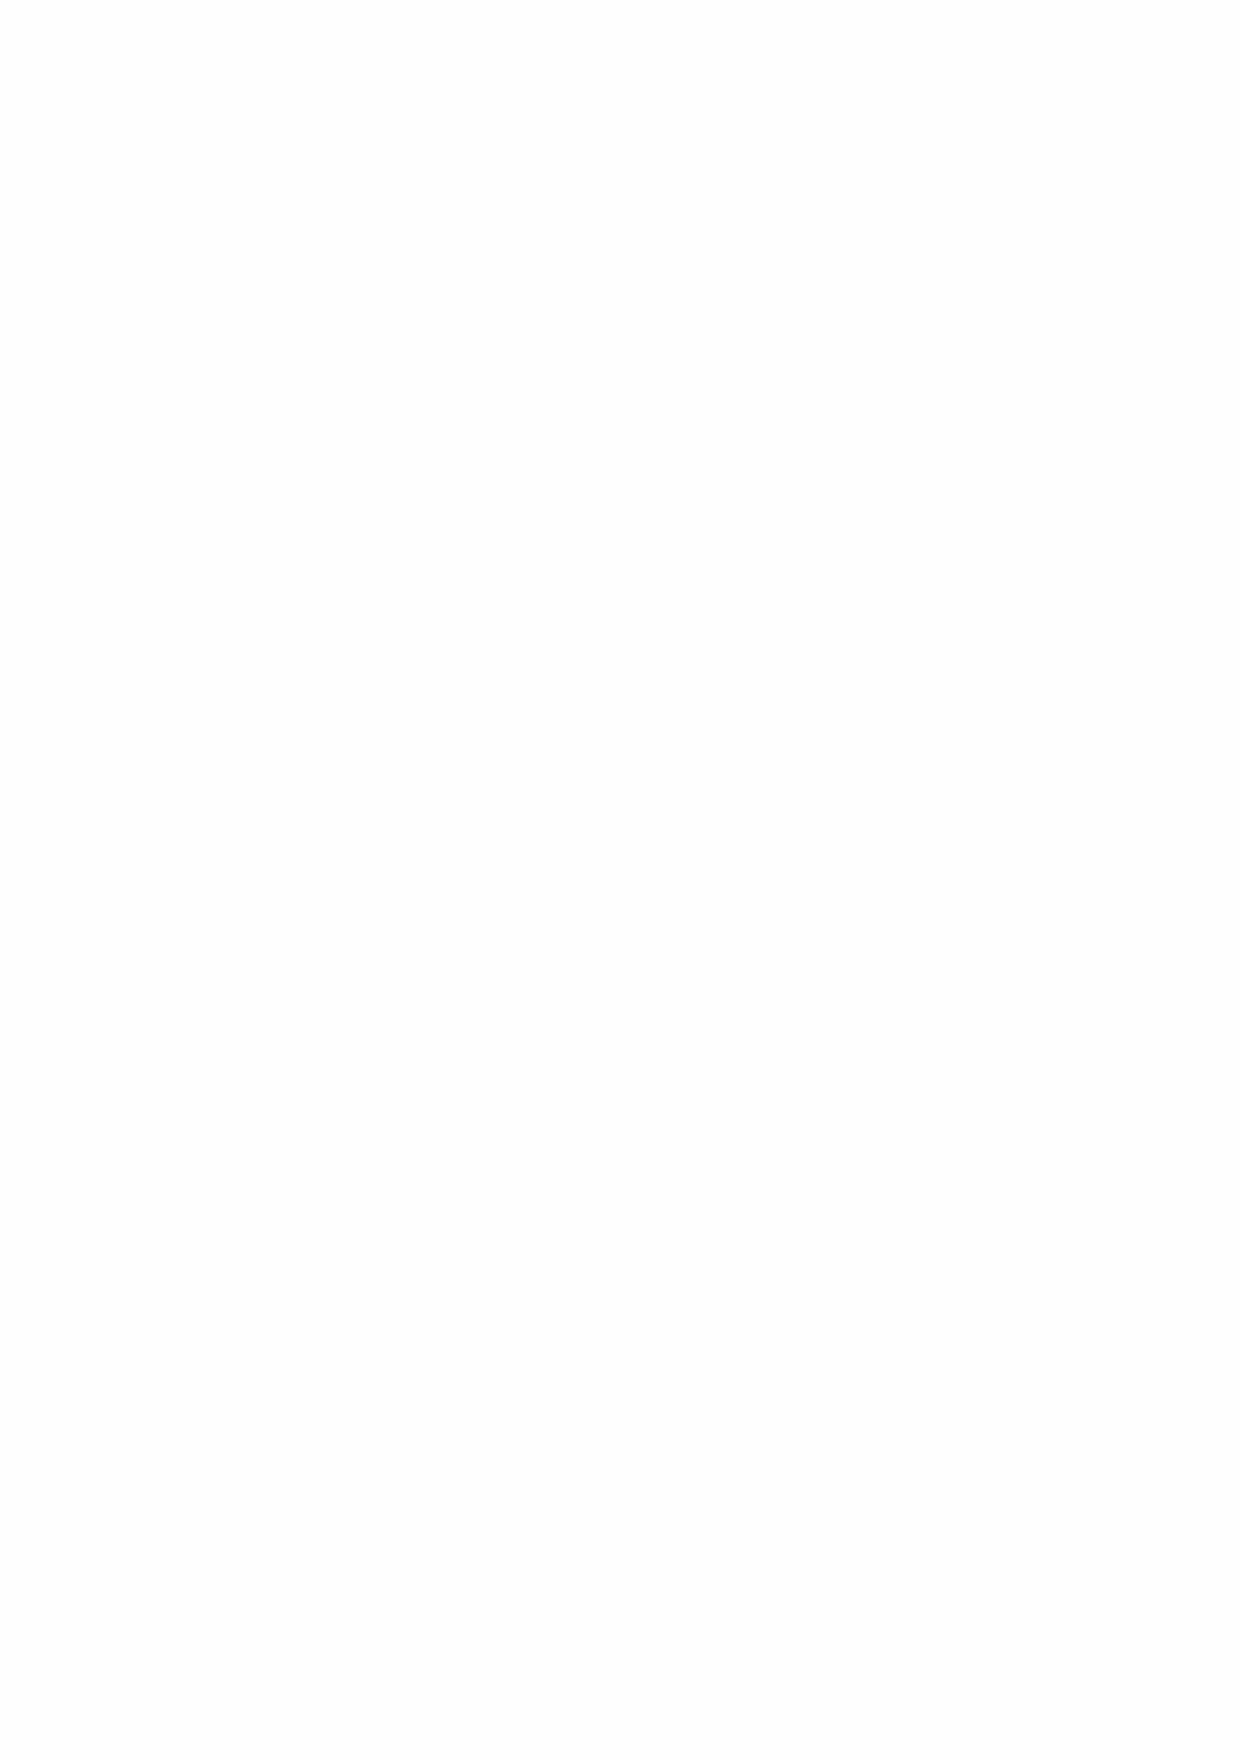
23 Operating Leases as a Lessor
 Minimum rentals due under non-cancellable operating leases
 Charity and Charity and
 Group      Group
 2020       2019
 Investment Property                       £m         £m
 Not later than 1 year                     4.1       4.3
 After 1 year but not more than 5         11.2       10.8
 After 5 years                            72.5       74.3
 Values of Properties held for use in operating leases
 Group    Group  Charity  Charity
 2020     2019   2020     2019
 £m      £m      £m       £m
 Charitable Property               7.6      6.0     7.6      6.0
 Investment Property              189.5    195.7   186.6    192.9
 There are operating leases for the commercial property at Greenwich, Holbrook and the
 Northern estates. An operating lease also exists between Greenwich Hospital and CESSAC
 for the sheltered housing, between the Hospital and Greenwich Foundation for the Old Royal
 Naval College and between Greenwich Hospital and Alabare for the supported housing.
 62